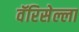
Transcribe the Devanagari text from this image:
वॅरिसेल्ला